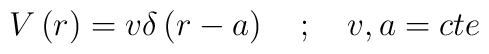
V\left( r\right) =v\delta \left( r-a\right) \quad ;\quad v,a=cte